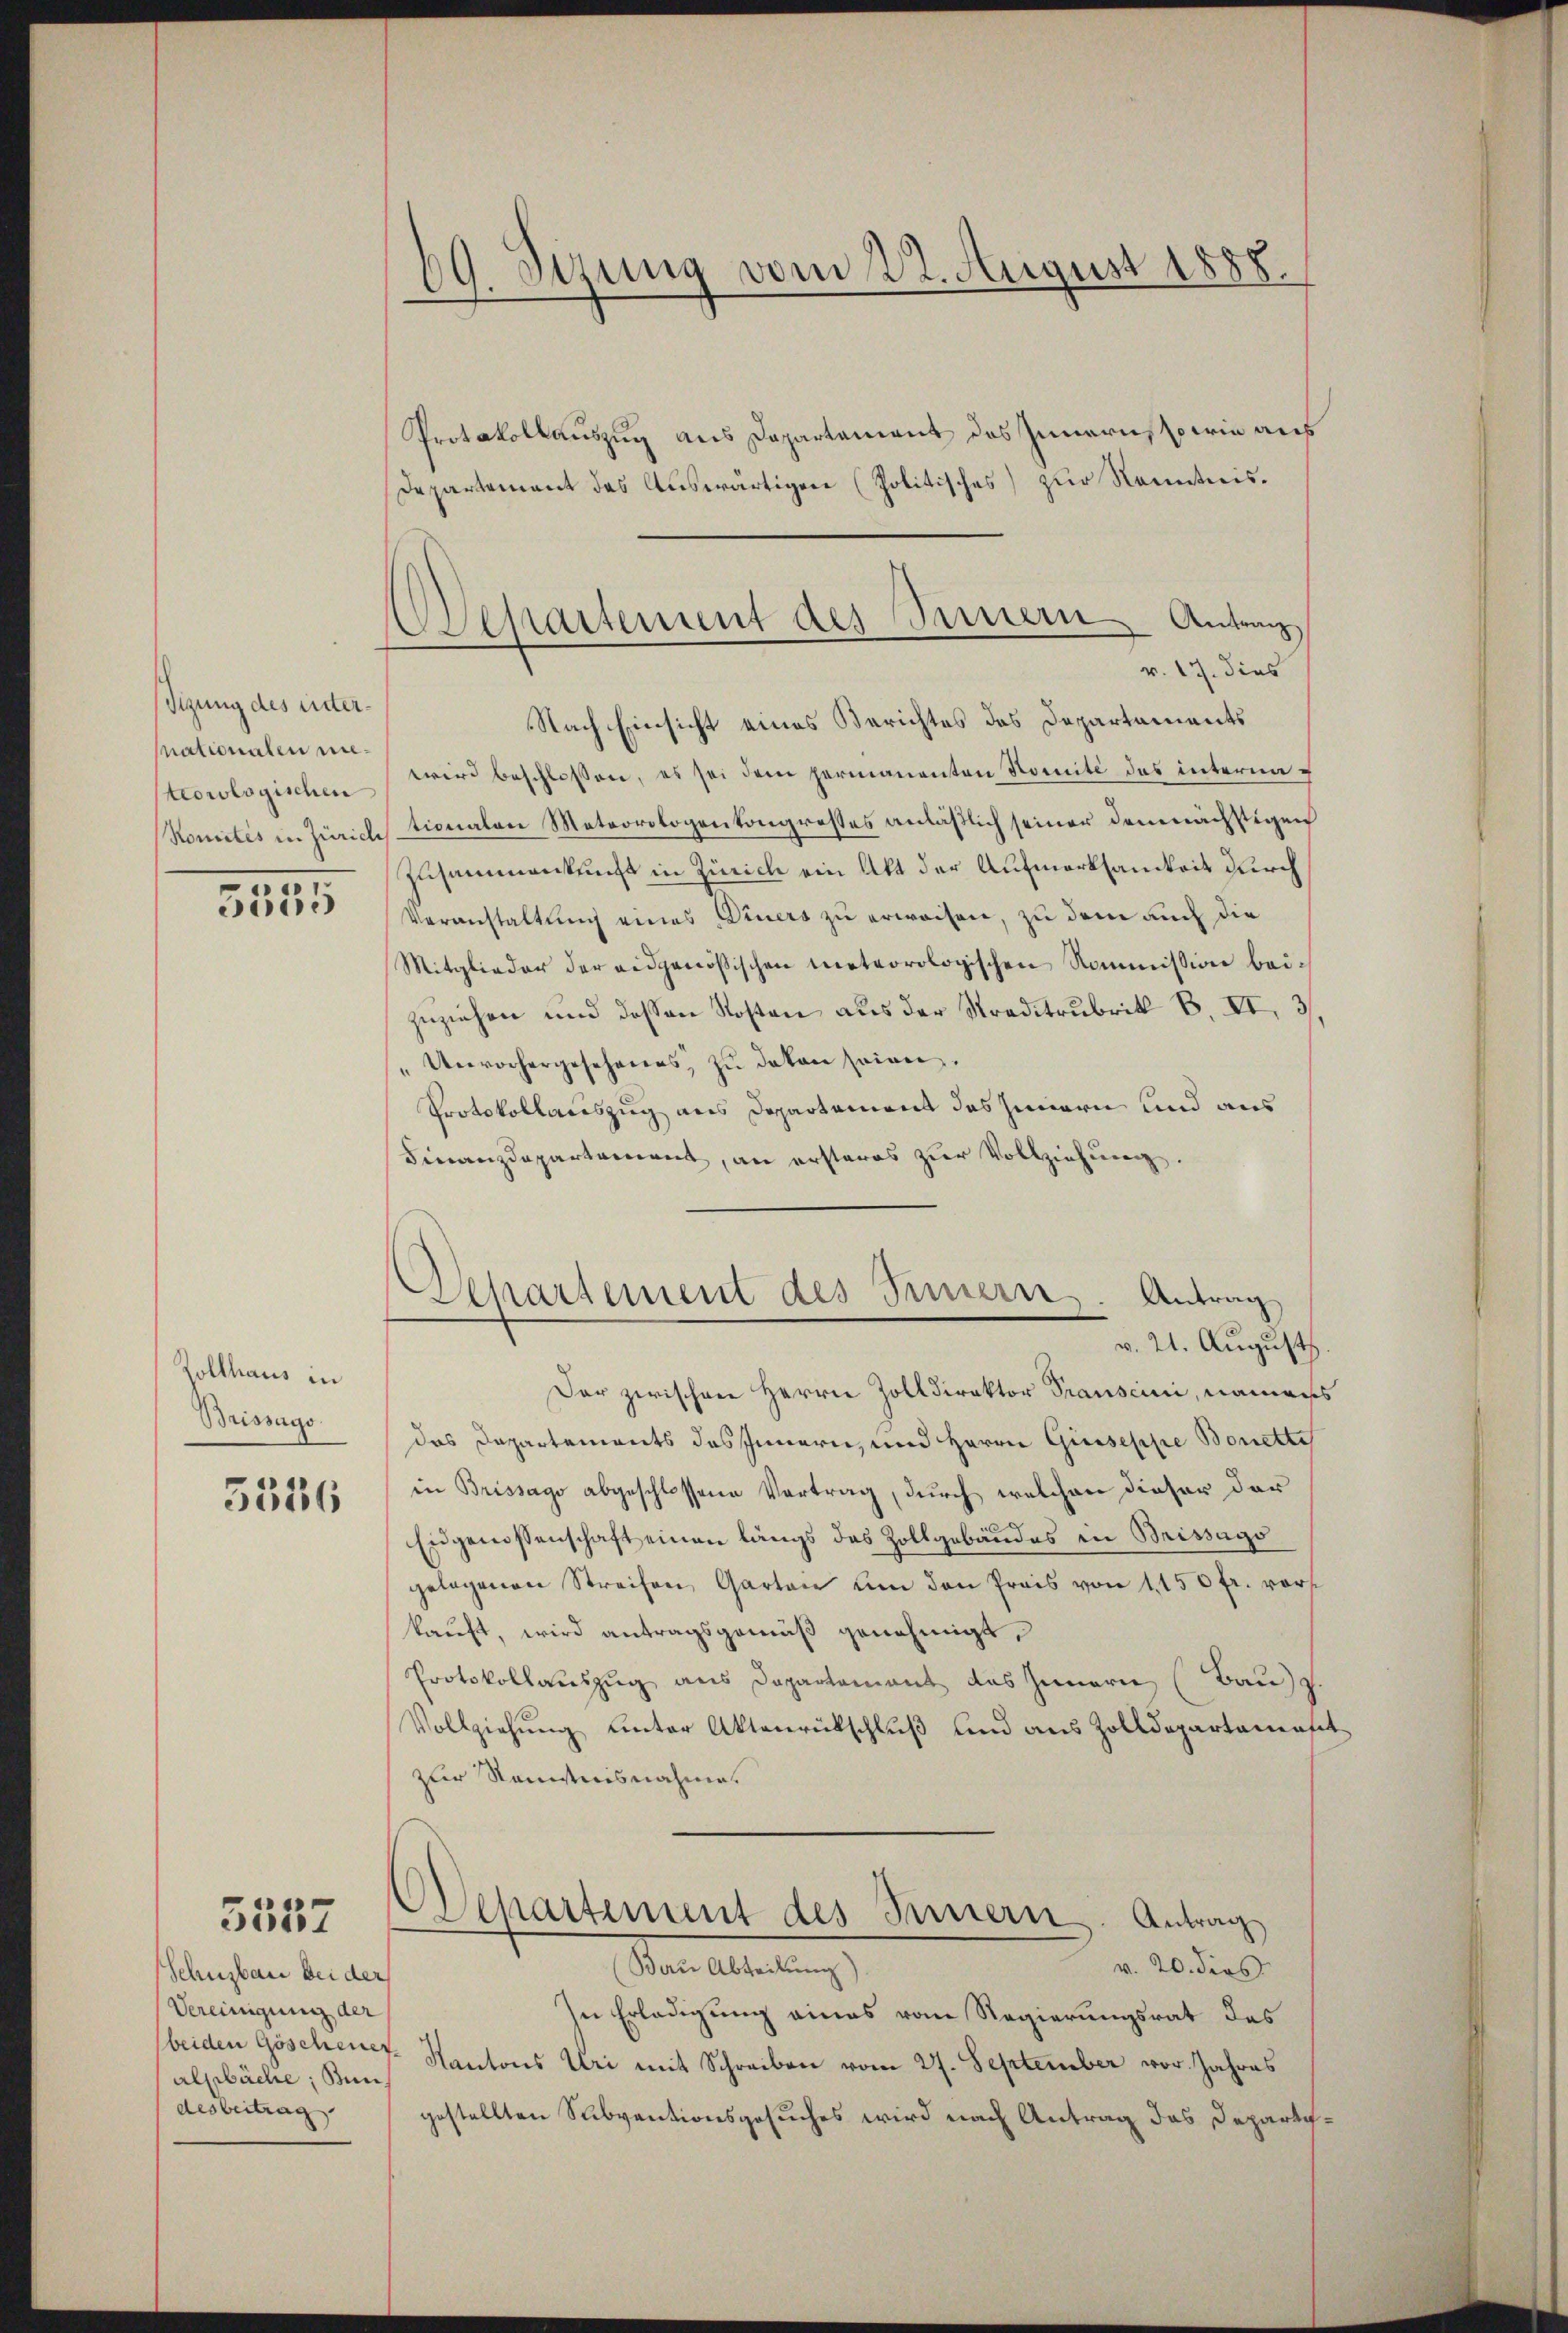
Sizung des untersationalen nieteorologischen
Komités in Zürich

3535

Sollhaus in
Brissago

5326

3557

Schusbau bei der
Vereinigung der
Alpbäclie; un
desbeitrag

69. Sezung vom 22. August 1888.

Protokollauszug aus Departement des Innern sowie aus
Departement das Auswärtigen (Politisches zur Kenntnisv. 17. dies
Nach Einsicht eines Berichtes des Departements
wird beschlossen, es sei dem Hermanenten Komité des internationalen Meteorologenkongrestes anläßlich seiner demnächstigen
Zusammenkunft in Zürich ein Akt der Aufmerksamkeit durch
Veranstaltung eines Diners zu erweisen, zu dem auch die
Mitglieder der eidgenössischen meteorologischen Kommission beizuziehen und dessen Kosten aus der Straditrubrik B. II 3
" Unvorhergesehenes, zŭ deken seinen.
Protokollauszug aus Departement des Innern und aus
Finanzdepartement, an ersteres zŭr Vollziehung.
Departement des Innern. Antrag
v. 21. August
Der zwischen Herrn Zolldirektor Transcini, namens
das Departements des Innern, und Herrn Giuseppe Bonette
in Brissago abgeschlossene Vertrag, durch welchen dieser der
Eidgenossenschaft einen längs das Zollgebäudes in Brissago
gelegenen Streifen, Garten um den Preis von 1150 fr. vorkauft, wird antragsgemäß genehmigt,
Protokollauszug aus Departement des Innern (Bau z
Vollziehung unter Aktenrückschluß und aus Zolldepartement
zur Kenntnisnahme.
Ochartement des Innern. Antrag
an Abteilung
v. 20. dies
In Erledigung eines vom Regierungsrat des
beiden Göschener Kantons Uri mit Schreiben vom 27. September vor. Jahres
gestellten Subventionsgesuches wird nach Antrag das Departe¬

Odepartement des Innern Antrag